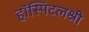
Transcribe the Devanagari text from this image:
हॉस्पिटलश्री